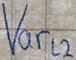
Text: VarL2